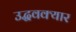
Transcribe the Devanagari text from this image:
उद्धवक्यार